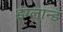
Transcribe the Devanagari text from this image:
इंग्लान्ड